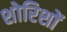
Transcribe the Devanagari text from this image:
शोरिशों